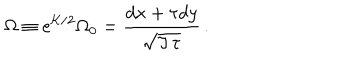
\Omega \equiv e ^ { { \cal K } / 2 } \Omega _ { 0 } = { \frac { d x + \tau d y } { \sqrt { \Im \, \tau } } } \, .